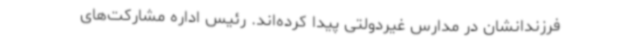
فرزندانشان در مدارس غیردولتی پیدا کرده‌اند. رئیس اداره مشارکت‌های